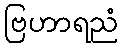
ဗြဟာရညံ